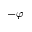
- \varphi